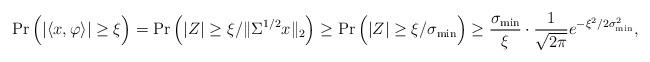
LaTeX: \begin{align*}\operatorname{Pr}\Big(|\langle x,\varphi\rangle|\geq\xi\Big)=\operatorname{Pr}\Big(|Z|\geq\xi/\|\Sigma^{1/2}x\|_2\Big)\geq\operatorname{Pr}\Big(|Z|\geq\xi/\sigma_\mathrm{min}\Big)\geq\frac{\sigma_\mathrm{min}}{\xi}\cdot\frac{1}{\sqrt{2\pi}}e^{-\xi^2/2\sigma_\mathrm{min}^2},\end{align*}